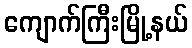
ကျောက်ကြီးမြို့နယ်